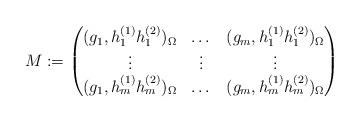
LaTeX: \begin{align*}M:= \begin{pmatrix}(g_1, h_{1}^{(1)} h_{1}^{(2)})_{\Omega} & \dots & (g_m, h_{1}^{(1)} h_{1}^{(2)})_{\Omega}\\ \vdots & \vdots & \vdots\\(g_1, h_{m}^{(1)} h_{m}^{(2)})_{\Omega} & \dots & (g_m, h_{m}^{(1)} h_{m}^{(2)})_{\Omega} \end{pmatrix}\end{align*}